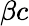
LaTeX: \beta c